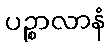
ပဉ္စာလာနံ